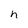
Character: h